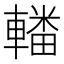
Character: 𨎚